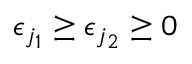
\epsilon _ { j _ { 1 } } \ge \epsilon _ { j _ { 2 } } \ge 0